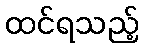
ထင်ရသည့်